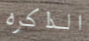
الذاكره